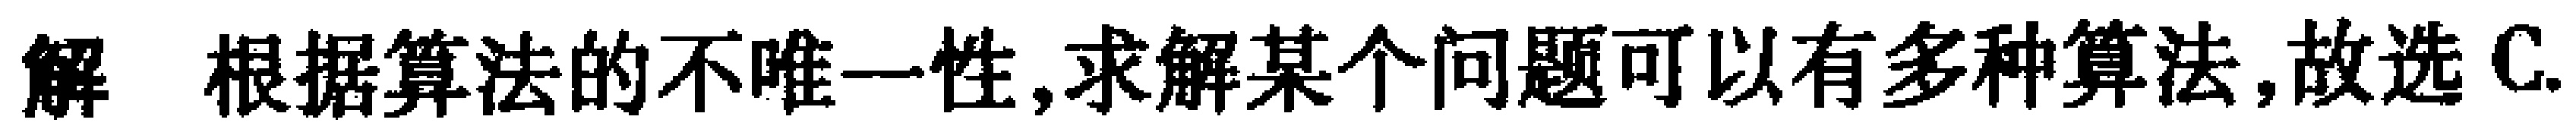
解 根据算法的不唯一性,求解某个问题可以有多种算法,故选C.